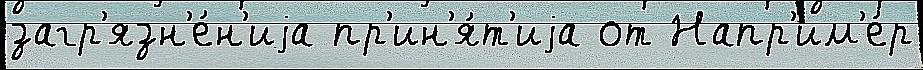
загр'язн'е́н'иjа пр'ин'я́т'иjа от Напр'им'е́р